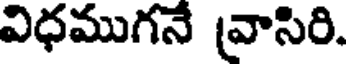
విధముగనే వ్రాసిరి.